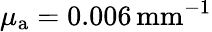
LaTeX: \mu_{\mathrm{a}}=0.006\, \mathrm{{mm}^{-1}}